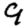
Digit: 9